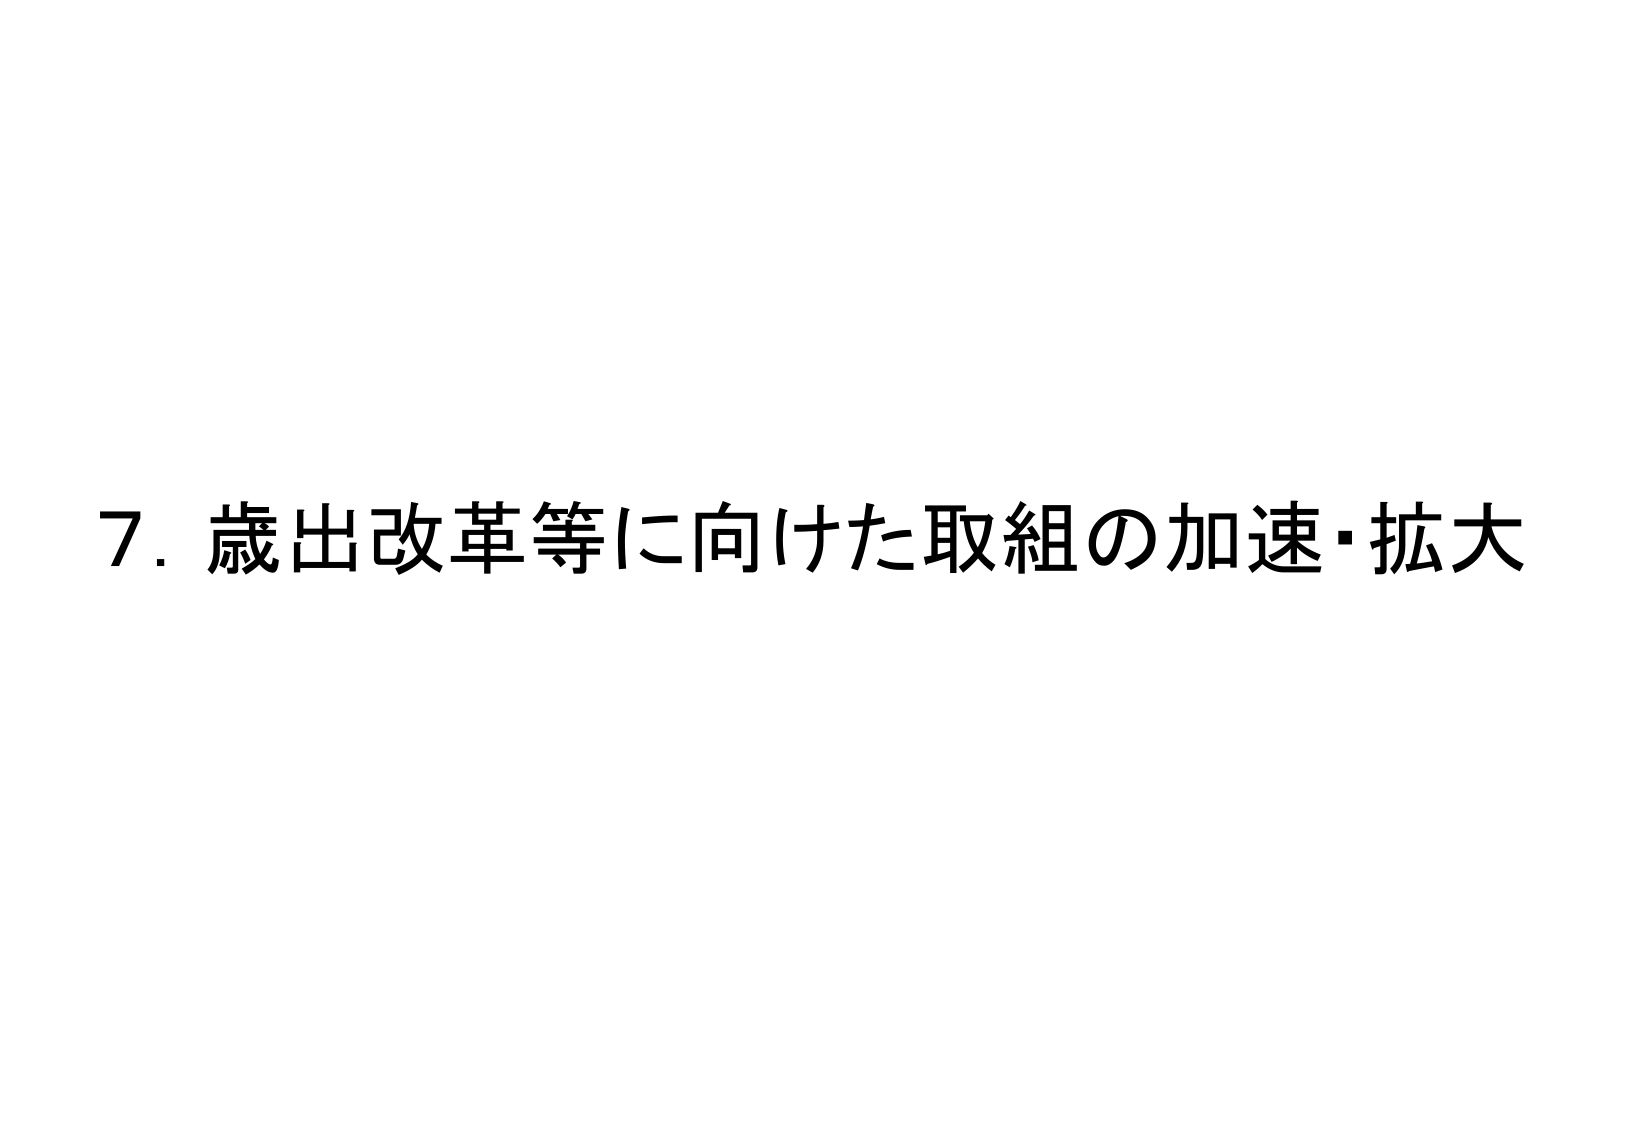
7. 歳出改革等に向けた取組の加速・拡大